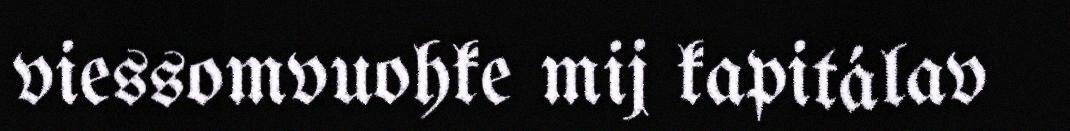
viessomvuohke mij kapitálav